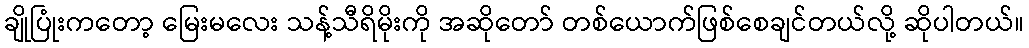
ချိုပြုံးကတော့ မြေးမလေး သန့်သီရိမိုးကို အဆိုတော် တစ်ယောက်ဖြစ်စေချင်တယ်လို့ ဆိုပါတယ်။